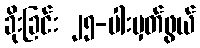
ခိုးခြင်း ၂၅-ပါးမှတ်ဖွယ်